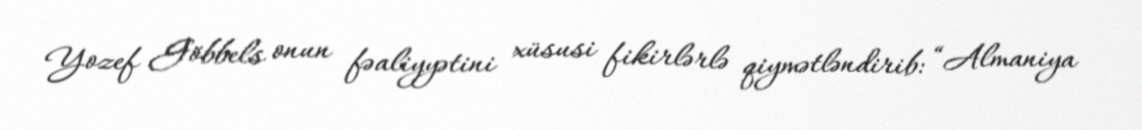
Yozef Göbbels onun fəaliyyətini xüsusi fikirlərlə qiymətləndirib: “Almaniya